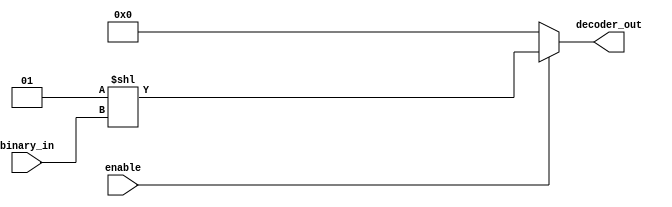
`timescale 1ns / 1ps
//////////////////////////////////////////////////////////////////////////////////
// Company: 
// Engineer: 
// 
// Design Name: 
// Module Name: b7_anybit_dec_assign_shift
// Project Name: 
// Target Devices: 
// Tool Versions: 
// Description: 
// 
// Dependencies: 
// 
// Revision:
// Revision 0.01 - File Created
// Additional Comments:
// 
//////////////////////////////////////////////////////////////////////////////////


module b7_anybit_dec_assign_shift(
    binary_in,
    decoder_out,
    enable
    );
    
    parameter IN_SIZE = 4;
    parameter OUT_SIZE = 2 << IN_SIZE;
    
    input wire [IN_SIZE-1:0] binary_in;
    output wire [OUT_SIZE-1:0] decoder_out;
    input enable;
    
    assign decoder_out = (enable) ? (1 << binary_in) : 0; 
endmodule